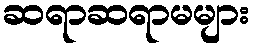
ဆရာဆရာမများ